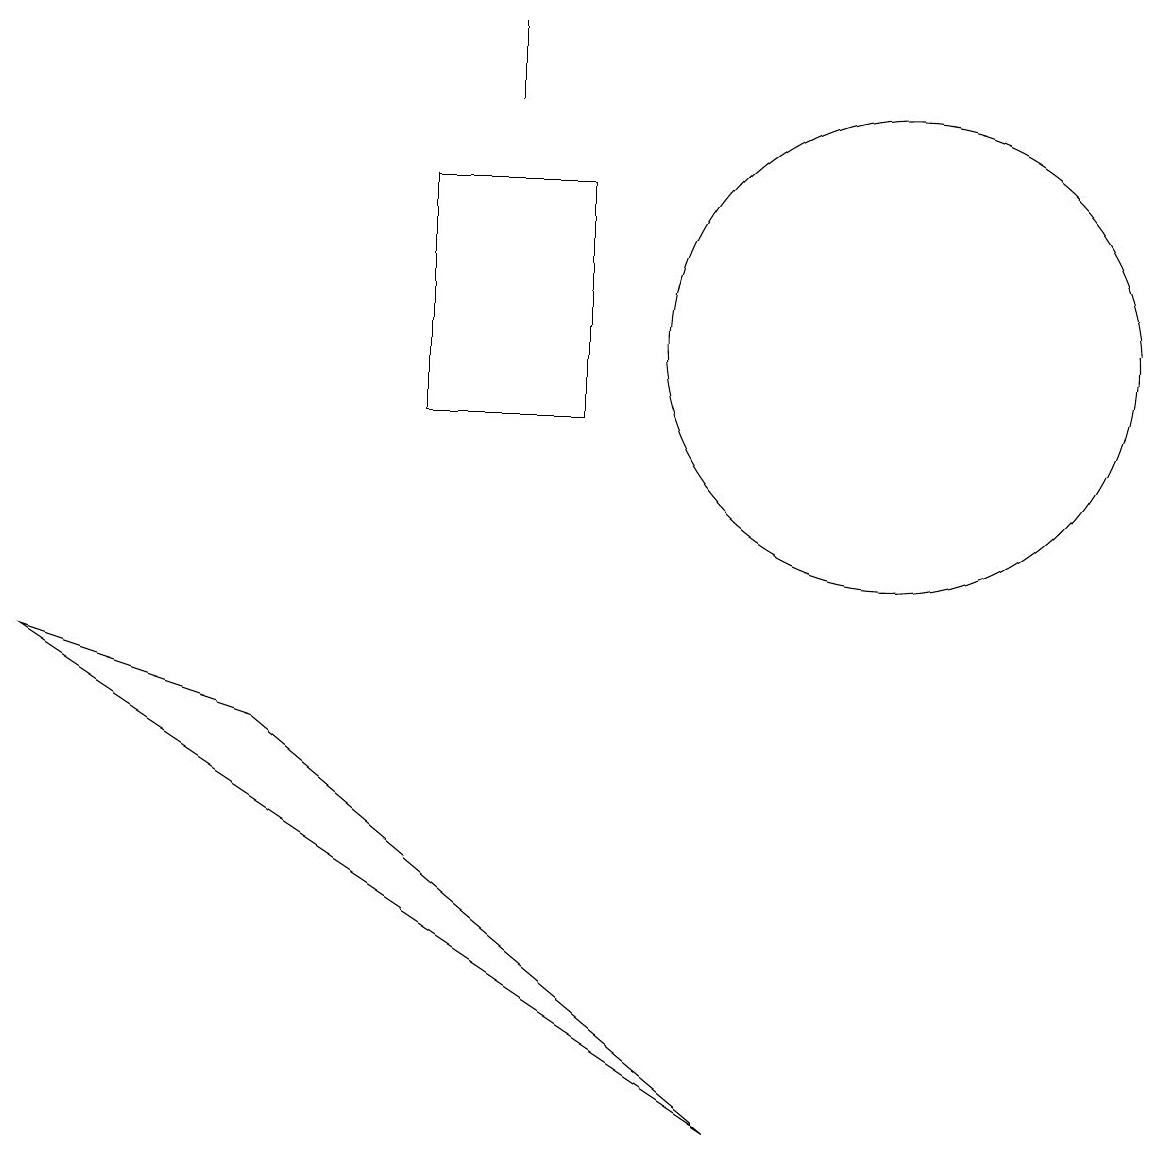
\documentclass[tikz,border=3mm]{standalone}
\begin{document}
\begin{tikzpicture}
\draw (11,11) circle (3);
\draw (0,7) -- (9,1) -- (3,6) -- cycle;
\draw (6,14) rectangle (6,15);
\draw (7,13) rectangle (5,10);
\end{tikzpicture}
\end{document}